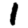
Digit: 1